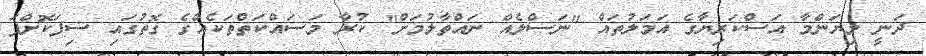
ދަނީ މިޔަންމާ އަސްކަރިޔާގެ އަމަލުތައް "ނަސްލެއް ނައްތާލުމަށް" ކުރާ މަސައްކަތްތަކެއްގެ ގޮތުގައި ސިފަކޮށްފަ